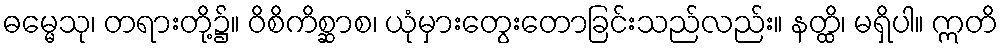
ဓမ္မေသု၊ တရားတို့၌။ ဝိစိကိစ္ဆာစ၊ ယုံမှားတွေးတောခြင်းသည်လည်း။ နတ္ထိ၊ မရှိပါ။ ဣတိ